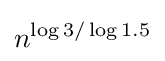
n^{\log 3/\log 1.5}